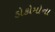
ડોકોમોના